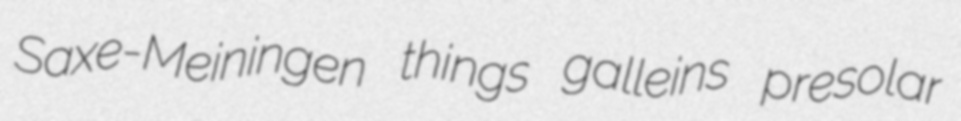
Saxe-Meiningen things galleins presolar